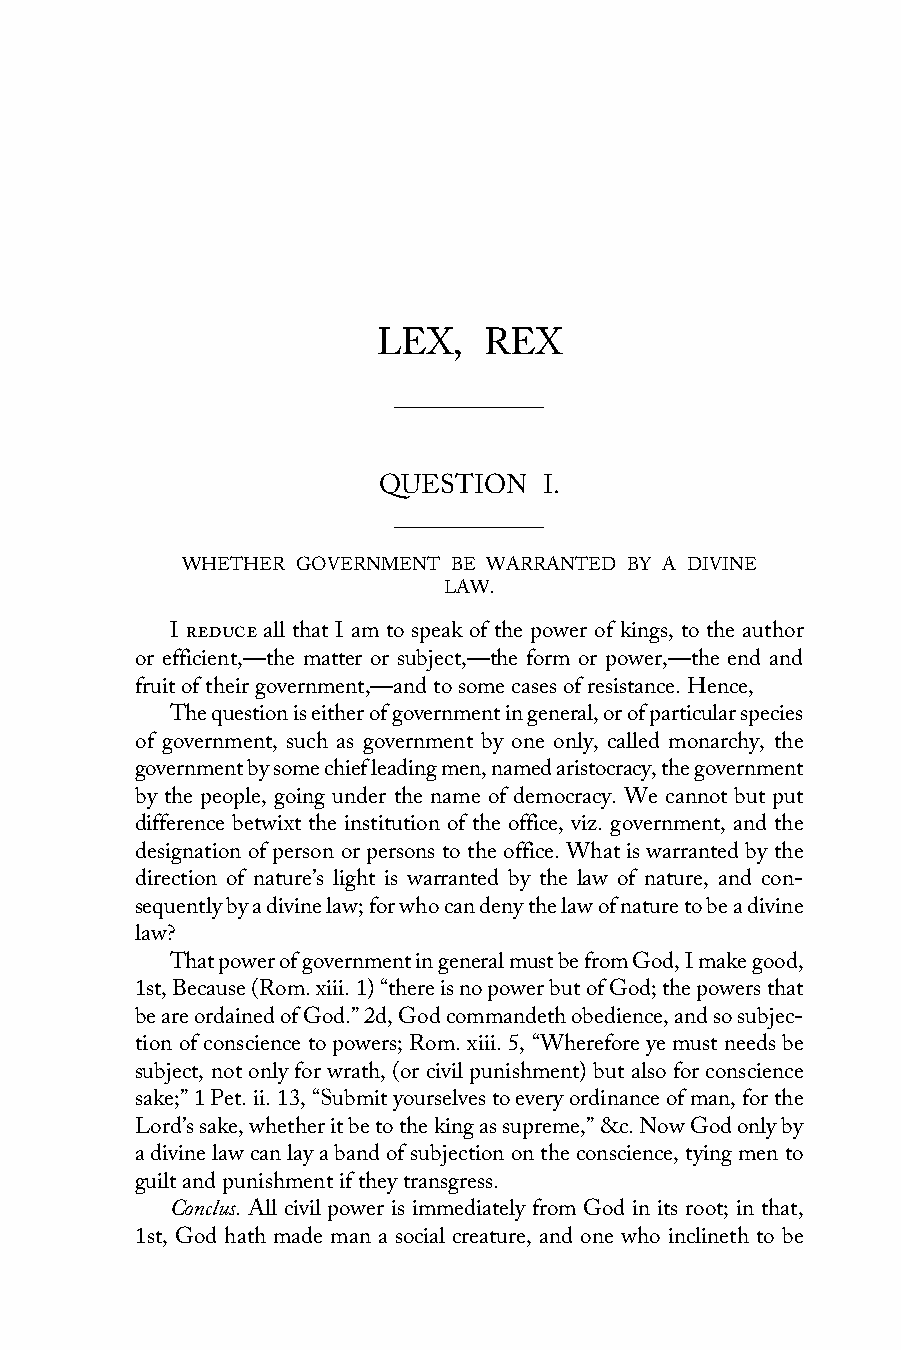
LEX,   REX
 QUESTION   I.
 WHETHER GOVERNMENT BE WARRANTED BY A DIVINE
 LAW.
 I reduce all that I am to speak of the power of kings, to the author
 or efficient,—the matter or subject,—the form or power,—the end and
 fruit of their government,—and to some cases of resistance. Hence,
 The question is either of government in general, or of particular species
 of government, such as government by one only, called monarchy, the
 government by some chief leading men, named aristocracy, the government
 by the people, going under the name of democracy. We cannot but put
 difference betwixt the institution of the office, viz. government, and the
 designation of person or persons to the office. What is warranted by the
 direction of nature’s light is warranted by the law of nature, and con-
 sequently by a divine law; for who can deny the law of nature to be a divine
 law?
 That power of government in general must be from God, I make good,
 1st, Because (Rom. xiii. 1) “there is no power but of God; the powers that
 be are ordained of God.” 2d, God commandeth obedience, and so subjec-
 tion of conscience to powers; Rom. xiii. 5, “Wherefore ye must needs be
 subject, not only for wrath, (or civil punishment) but also for conscience
 sake;” 1 Pet. ii. 13, “Submit yourselves to every ordinance of man, for the
 Lord’s sake, whether it be to the king as supreme,” &c. Now God only by
 a divine law can lay a band of subjection on the conscience, tying men to
 guilt and punishment if they transgress.
 Conclus. All civil power is immediately from God in its root; in that,
 1st, God hath made man a social creature, and one who inclineth to be